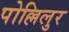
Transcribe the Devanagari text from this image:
पोल्लिलुर